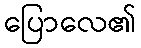
ပြောလေ၏